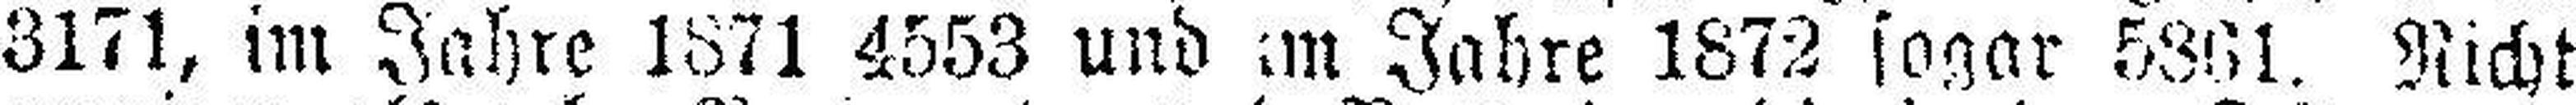
3171, im Jahre 1871 4553 und im Jahre 1872 sogar 5361. Nicht